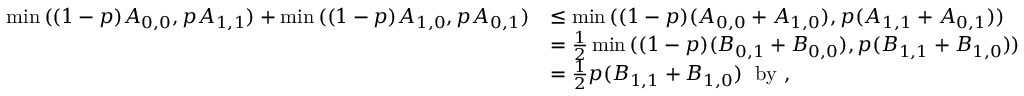
\begin{array} { r l } { \operatorname* { m i n } { ( ( 1 - p ) A _ { 0 , 0 } , p A _ { 1 , 1 } ) } + \operatorname* { m i n } { ( ( 1 - p ) A _ { 1 , 0 } , p A _ { 0 , 1 } ) } } & { \leq \operatorname* { m i n } { ( ( 1 - p ) ( A _ { 0 , 0 } + A _ { 1 , 0 } ) , p ( A _ { 1 , 1 } + A _ { 0 , 1 } ) ) } } \\ & { = \frac { 1 } { 2 } \operatorname* { m i n } { ( ( 1 - p ) ( B _ { 0 , 1 } + B _ { 0 , 0 } ) , p ( B _ { 1 , 1 } + B _ { 1 , 0 } ) ) } } \\ & { = \frac { 1 } { 2 } p ( B _ { 1 , 1 } + B _ { 1 , 0 } ) \; \mathrm { ~ b y ~ , } } \end{array}